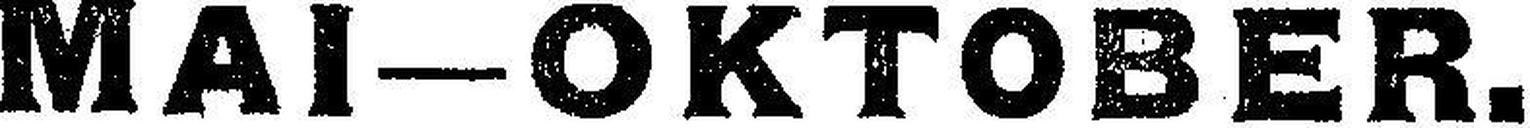
MAI—OKTOBER.